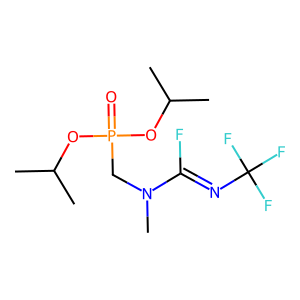
SMILES: CC(C)OP(=O)(CN(C)C(F)=NC(F)(F)F)OC(C)C
Inhibits HIV replication: No